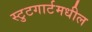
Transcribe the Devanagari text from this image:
स्टुटगार्टमधील